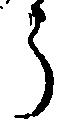
う